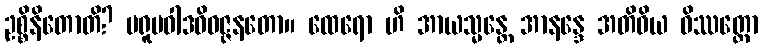
ဥစ္စိနိတောတိ? ပရူပဝါဒဝိဝဇ္ဇနတော။ ထေရော ဟိ အာယသ္မန္တေ အာနန္ဒေ အတိဝိယ ဝိဿတ္ထော